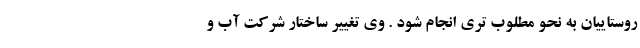
روستاییان به نحو مطلوب تری انجام شود . وی تغییر ساختار شرکت آب و